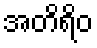
အတိရိဝ